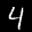
Label: 4